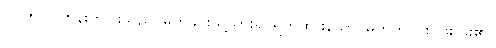
(၁၁၅) ရဟန်းတပါးသည် မြက်ခင်းသို့သွား၍ ရိတ်ထားသော မြက်ကို ငါးပဲဖိုး ခိုး၏။